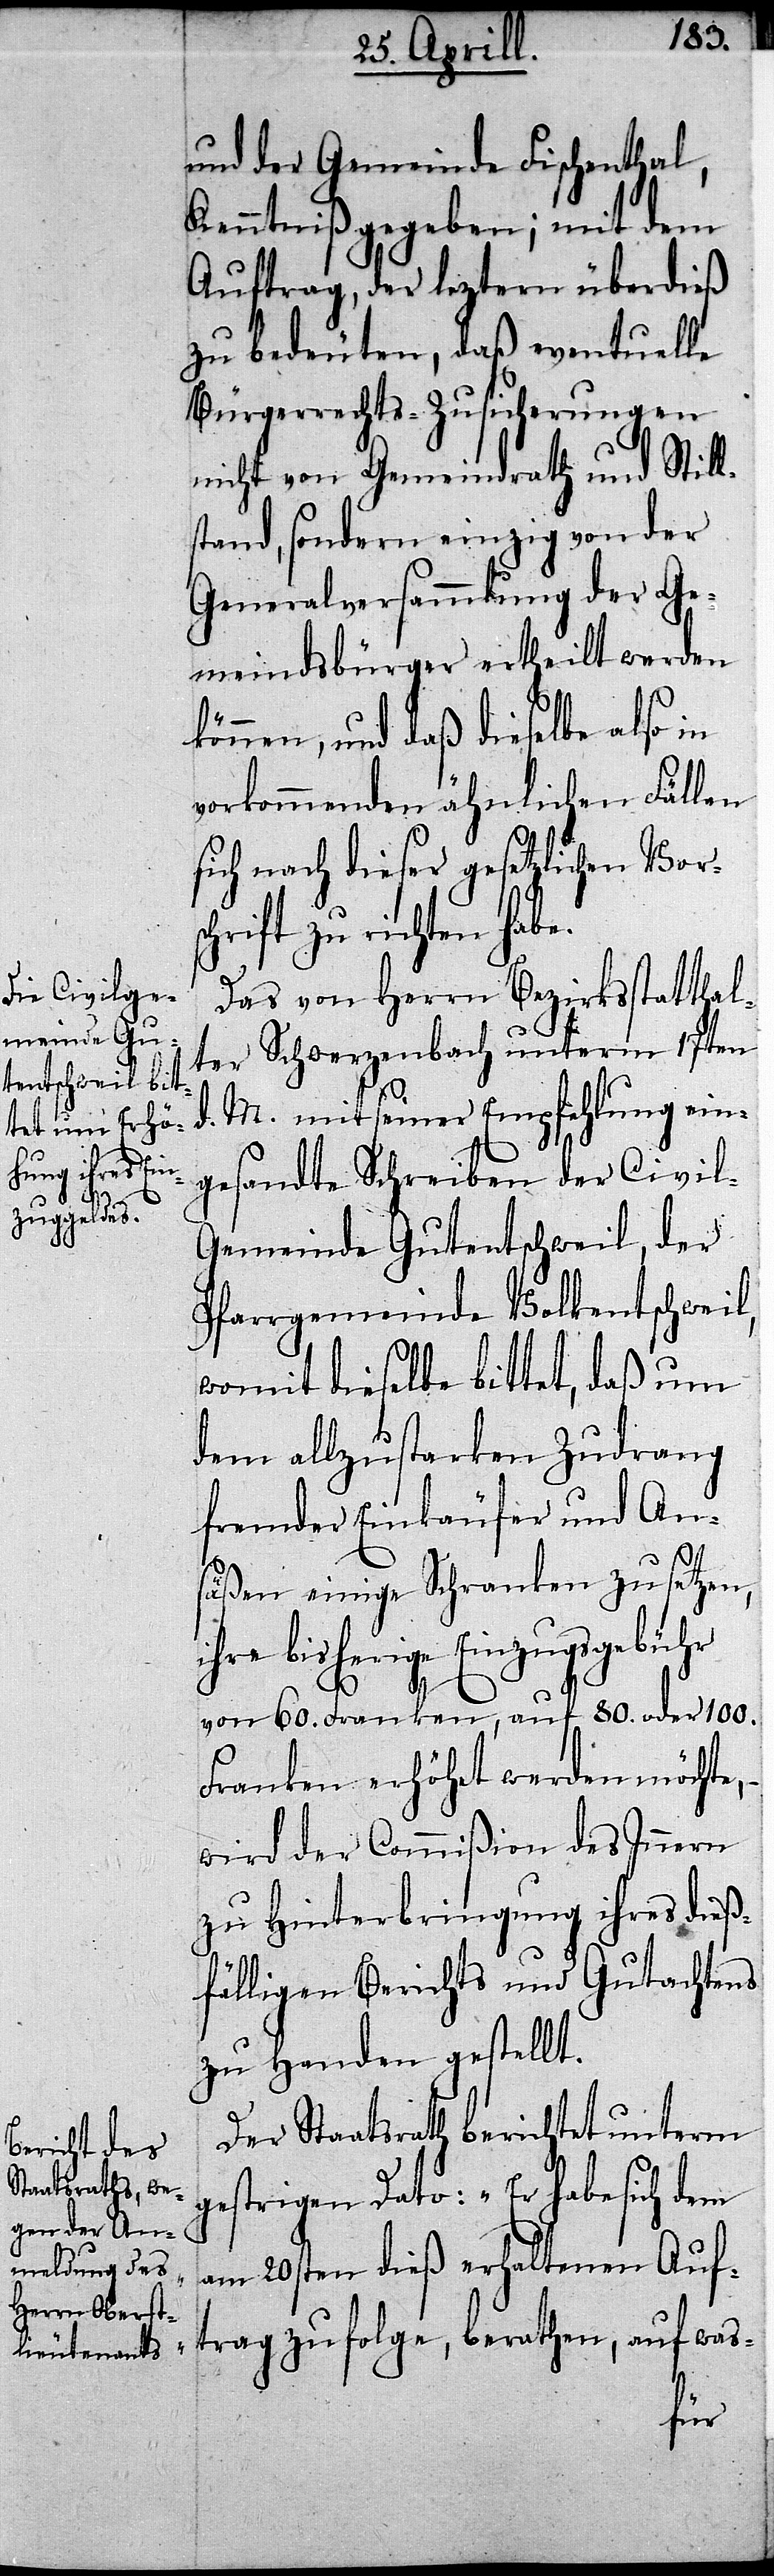
und der Gemeinde Fischenthal,
Kenntniß gegeben; mit dem
Auftrag, der leztern überdieß
zu bedeuten, daß eventuelle
Bürgerrechts-Zusicherungen
nicht von Gemeindrath und Still¬
stand, sondern einzig von der
Generalversammlung der Ge¬
meindsbürger ertheilt werden
können, und daß dieselbe also in
vorkommenden ähnlichen Fällen
sich nach dieser gesetzlichen Vors¬
chrift zu richten habe.
Das von Herrn Bezirksstatthal¬
ter Schwerzenbach unterm 17ten
d. M. mit seiner Empfehlung ein¬
gesandte Schreiben der Civil¬
gemeinde Gutentschweil, der
Pfarrgemeinde Volkentschweil,
womit dieselbe bittet, daß um
dem allzustarken Zudrang
fremder Einkäufer und An¬
säßen einige Schranken zu setzen,
ihre bisherige Einzugsgebühr
von 60. Franken, auf 80. oder 100.
Franken erhöht werden möchte,–
wird der Commißion des Innern
zu Hinterbringung ihres dieß¬
fälligen Berichts und Gutachtens
zu Handen gestellt.